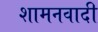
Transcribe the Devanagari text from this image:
शामनवादी